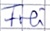
Text: Frei